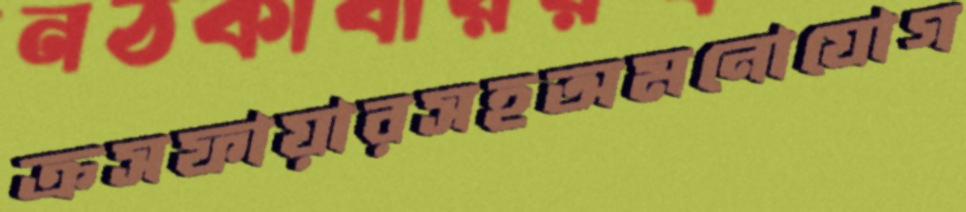
ক্রসফায়ারসহঅমনোযোগ